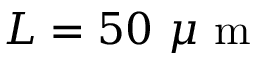
L = 5 0 ~ \mu \mathrm { ~ m ~ }